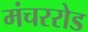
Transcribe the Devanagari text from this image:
मंचररोड